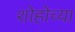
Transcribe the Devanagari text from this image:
शोहोच्या